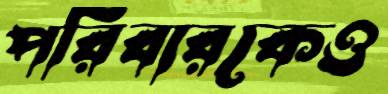
পরিবারকেও